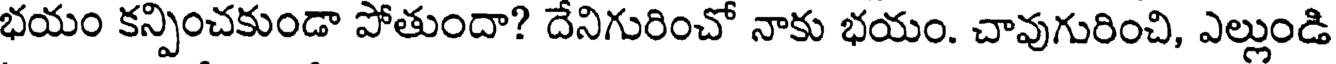
భయం కన్పించకుండా పోతుందా? దేనిగురించో నాకు భయం. చావుగురించి, ఎల్లుండి